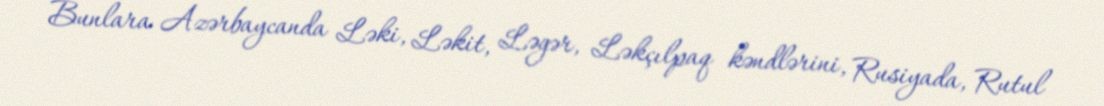
Bunlara Azərbaycanda Ləki, Ləkit, Ləgər, Ləkçılpaq kəndlərini, Rusiyada, Rutul